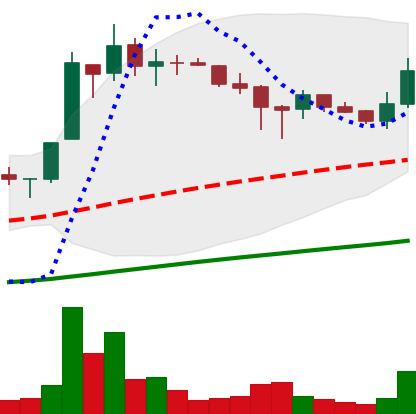
Ticker: LTC-USD
Chart end date: 2017-07-03
Forward return: 12.307%
Label: up_7plus